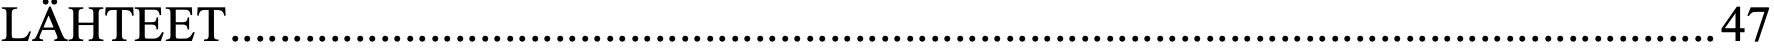
LÄHTEET.......................................................................................................................47